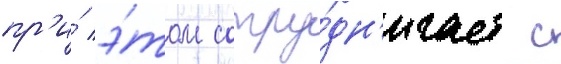
пр'и́ э́том сотру́дн'ичает с